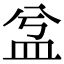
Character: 㿽